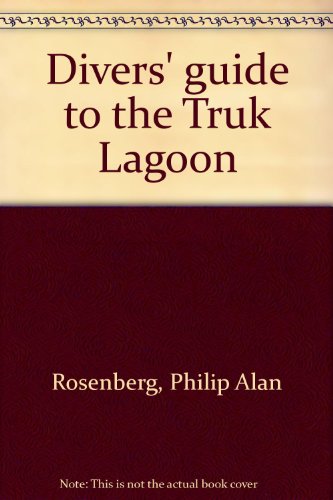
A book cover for Divers' guide to the Truk Lagoon; Philip Alan Rosenberg; Travel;